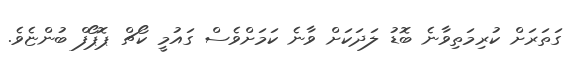
ގަތަރަށް ކުރިމަތިވާނެ ބޮޑު ލަދަކަށް ވާނެ ކަމަށްވެސް ގައުމީ ކޯޗް ޕޮޕޯފް ބުންޏެވެ.